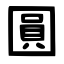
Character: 圓